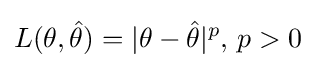
L(\theta ,{\hat {\theta }})=|\theta -{\hat {\theta }}|^{p},\,p>0